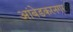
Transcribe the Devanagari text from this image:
आंबेडकरनगर